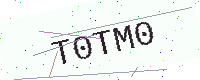
Text: T0TM0